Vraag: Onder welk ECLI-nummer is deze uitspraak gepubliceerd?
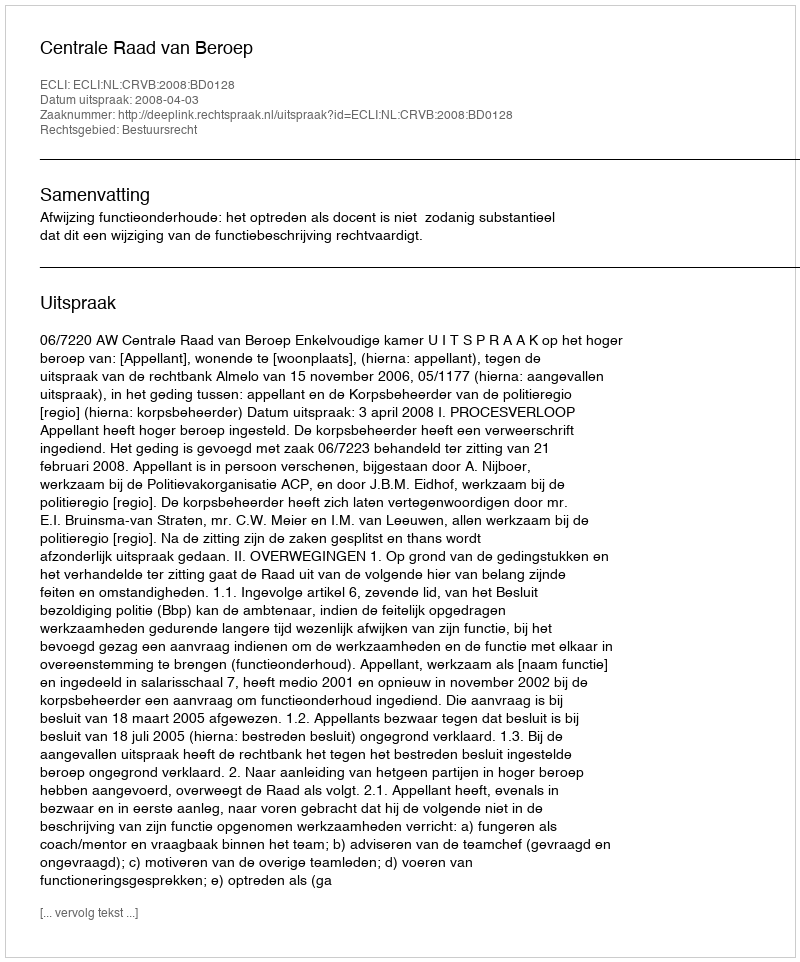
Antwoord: ECLI:NL:CRVB:2008:BD0128